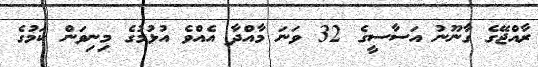
ރާއްޖޭގެ ގާނޫނު އަސާސީގެ 32 ވަނަ މާއްދާ އެއްވެ އުޅުމުގެ މިނިވަން ކަމުގެ